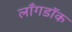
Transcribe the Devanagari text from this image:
लाँगडॉक